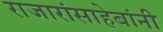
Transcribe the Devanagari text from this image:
राजारांसाहेबांनी